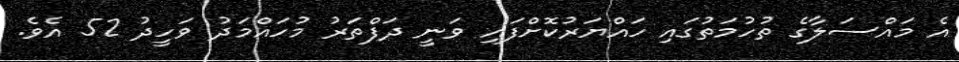
އެ މައްސަލާގެ ތުހުމަތުގައި ހައްޔަރުކޮށްފައި ވަނީ ދަފްތަރު މުހައްމަދު ވަހީދު 52 އެވެ.